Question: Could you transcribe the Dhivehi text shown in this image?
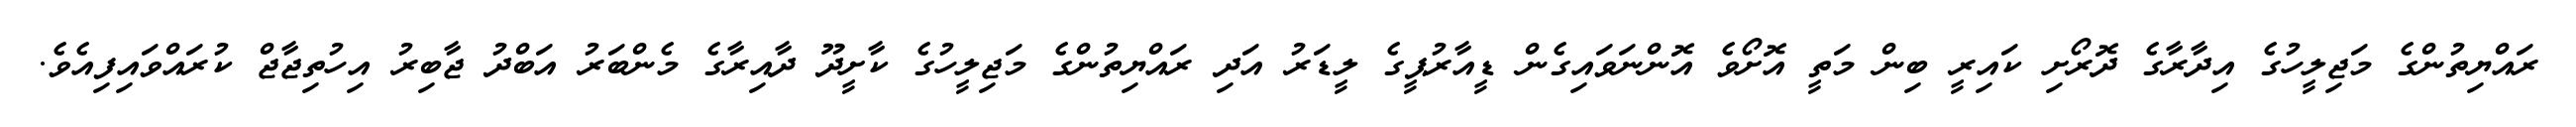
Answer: ރައްޔިތުންގެ މަޖިލީހުގެ އިދާރާގެ ދޮރޯށި ކައިރީ ބިން މަތީ އޮށޯވެ އޮންނަވައިގެން ޑީއާރުޕީގެ ލީޑަރު އަދި ރައްޔިތުންގެ މަޖިލީހުގެ ކާށީދޫ ދާއިރާގެ މެންބަރު އަބްދު ޖާބިރު އިހުތިޖާޖް ކުރައްވައިފިއެވެ.